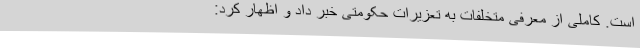
است. کاملی از معرفی متخلفات به تعزیرات حکومتی خبر داد و اظهار کرد: